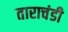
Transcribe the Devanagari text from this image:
ताराचंडी